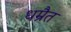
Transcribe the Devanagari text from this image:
धम्रैत